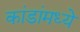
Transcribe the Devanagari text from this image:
कांडांमध्ये